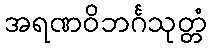
အရဏဝိဘင်္ဂသုတ္တံ